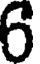
6